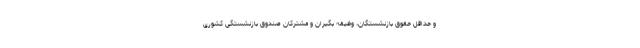
و حداقل حقوق بازنشستگان، وظیفه بگیران و مشترکان صندوق بازنشستگی کشوری